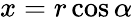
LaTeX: x=r\cos\alpha